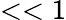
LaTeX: <<1